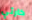
كارثي